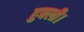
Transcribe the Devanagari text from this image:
हुबली।